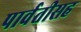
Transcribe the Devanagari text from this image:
पार्वतीसह